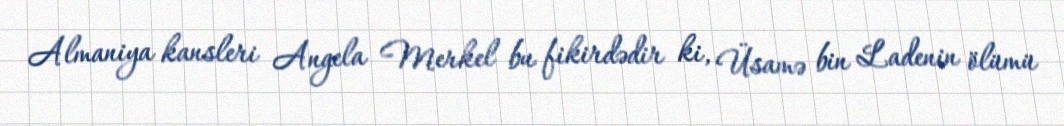
Almaniya kansleri Angela Merkel bu fikirdədir ki, Üsamə bin Ladenin ölümü